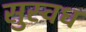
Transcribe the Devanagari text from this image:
सुस्वध